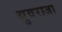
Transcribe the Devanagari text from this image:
युवराजा